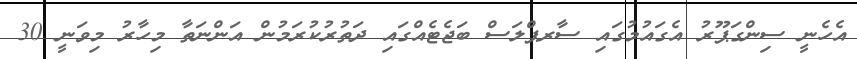
އެހެނީ ސިންގަޕޫރު އެގައުމުގައި ސާރޕްލަސް ބަޖެޓެއްގައި ދަތުރުކުރަމުން އަންނަތާ މިހާރު މިވަނީ 30